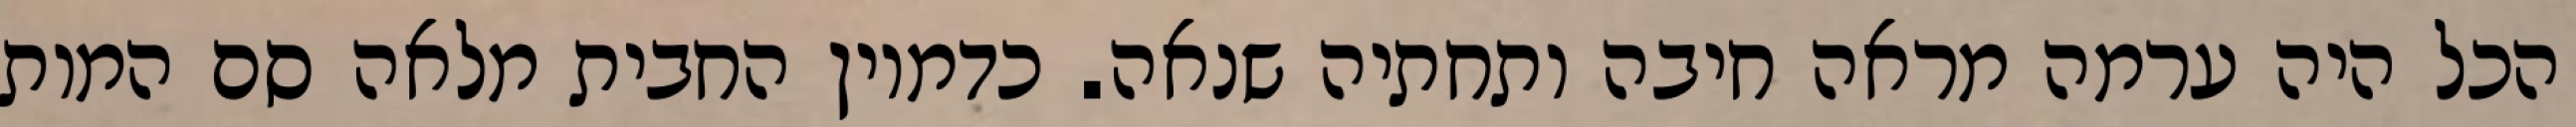
הכל היה ערמה מראה חיבה ותחתיה שנאה. כדמיון החבית מלאה סם המות